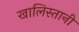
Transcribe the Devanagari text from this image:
खालिस्तानी